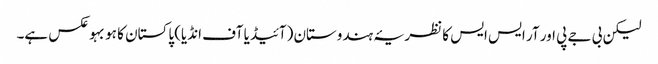
لیکن بی جے پی اور آر ایس ایس کا نظریۂ ہندوستان (آئیڈیا آف انڈیا) پاکستان کا ہو بہو عکس ہے۔